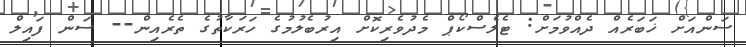
ސަންއަށް ޚަބަރެއް ދެއްވުމަށް: ޓެލެސްކޯޕް މެދުވެރިކޮށް އިރުބެލުމުގެ ހަރަކާތުގެ ތެރެއިން-- ސަން ފައިލް